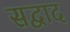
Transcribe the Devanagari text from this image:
सद्वाद